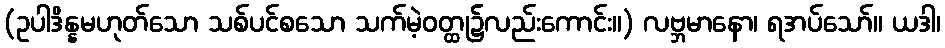
(ဥပါဒိန္နမဟုတ်သော သစ်ပင်စသော သက်မဲ့ဝတ္ထု၌လည်းကောင်း။) လဗ္ဘမာနော၊ ရအပ်သော်။ ယဒါ၊